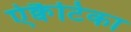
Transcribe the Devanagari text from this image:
ऐक्वैटिका